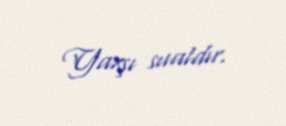
Yaxşı sualdır.